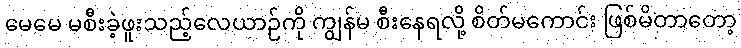
မေမေ မစီးခဲ့ဖူးသည့်လေယာဉ်ကို ကျွန်မ စီးနေရလို့ စိတ်မကောင်း ဖြစ်မိတာတော့